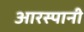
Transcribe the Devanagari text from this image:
आरस्पानी